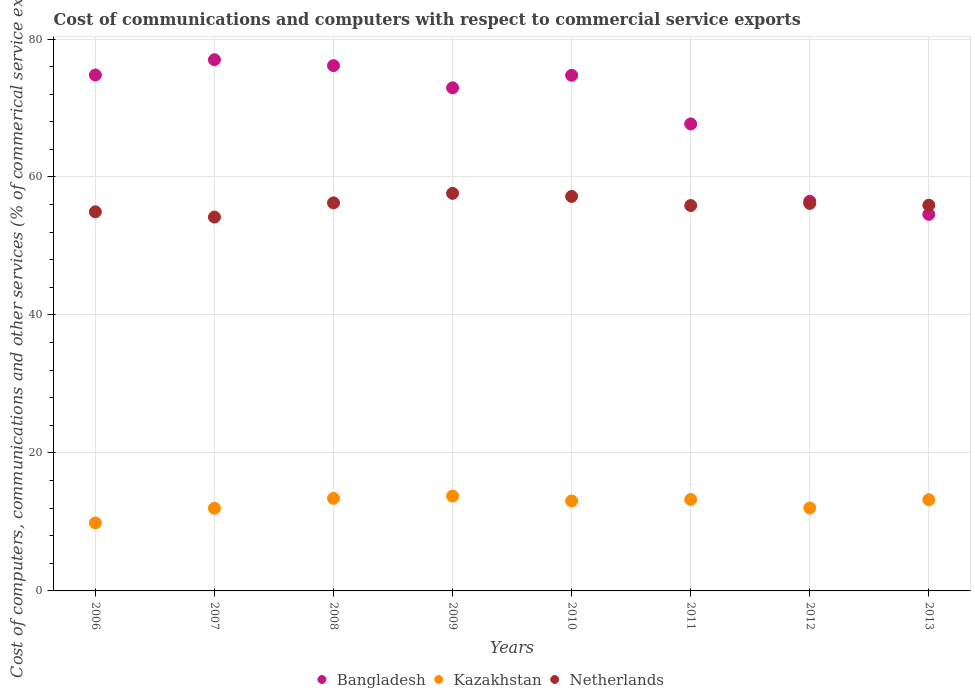
| Years | Bangladesh | Kazakhstan | Netherlands |
 | --- | --- | --- | --- |
 | 2006 | 74.8 | 9.85 | 55 |
 | 2007 | 77 | 12 | 54.2 |
 | 2008 | 76.1 | 13.4 | 56.2 |
 | 2009 | 72.9 | 13.7 | 57.6 |
 | 2010 | 74.7 | 13 | 57.2 |
 | 2011 | 67.7 | 13.3 | 55.9 |
 | 2012 | 56.5 | 12 | 56.2 |
 | 2013 | 54.6 | 13.2 | 55.9 |